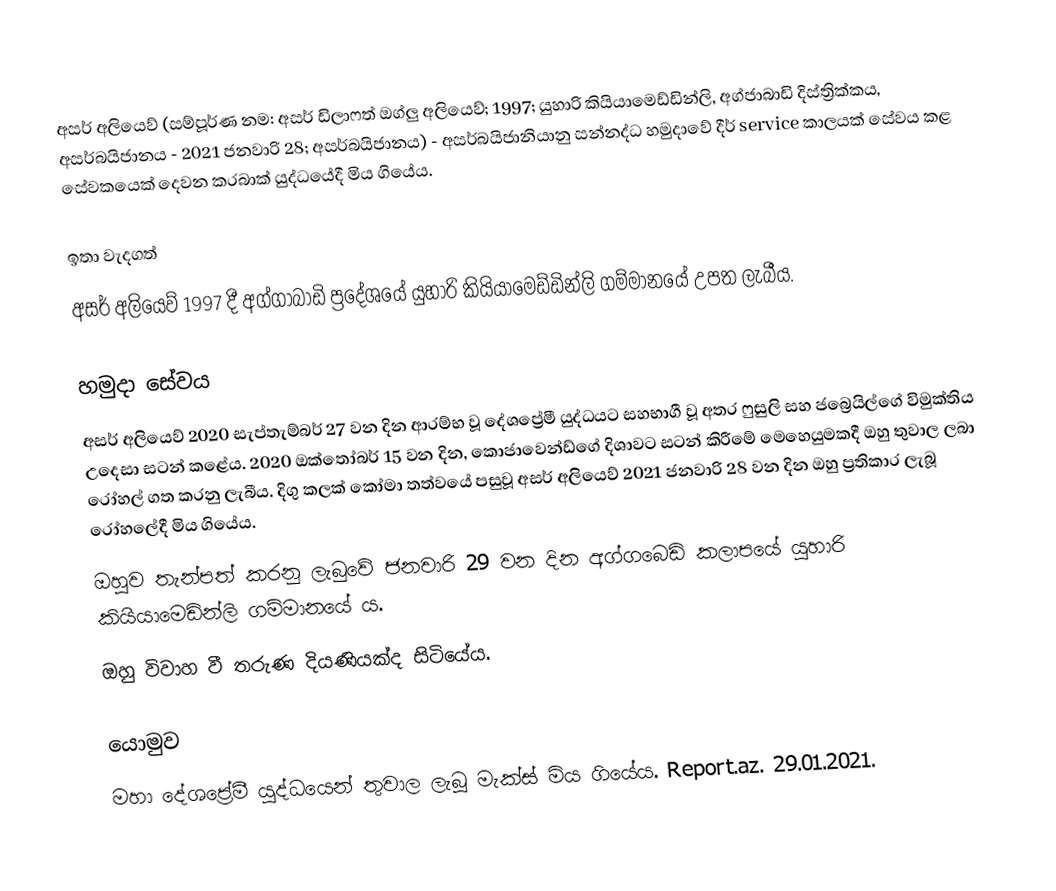
අසර් අලියෙව් (සම්පූර්ණ නම: අසර් ඩිලාෆත් ඔග්ලු අලියෙව්; 1997; යුහාරි කියියාමෙඩ්ඩින්ලි, අග්ජාබාඩි දිස්ත්‍රික්කය, අසර්බයිජානය - 2021 ජනවාරි 28; අසර්බයිජානය) - අසර්බයිජානියානු සන්නද්ධ හමුදාවේ දීර් service කාලයක් සේවය කළ සේවකයෙක් දෙවන කරබාක් යුද්ධයේදී මිය ගියේය.

ඉතා වැදගත්
අසර් අලියෙව් 1997 දී අග්ගාබාඩි ප්‍රදේශයේ යුහාරි කියියාමෙඩ්ඩින්ලි ගම්මානයේ උපත ලැබීය.

හමුදා සේවය
අසර් අලියෙව් 2020 සැප්තැම්බර් 27 වන දින ආරම්භ වූ දේශප්‍රේමී යුද්ධයට සහභාගී වූ අතර ෆුසුලි සහ ජබ්‍රෙයිල්ගේ විමුක්තිය උදෙසා සටන් කළේය. 2020 ඔක්තෝබර් 15 වන දින, කොජාවෙන්ඩ්ගේ දිශාවට සටන් කිරීමේ මෙහෙයුමකදී ඔහු තුවාල ලබා රෝහල් ගත කරනු ලැබීය. දිගු කලක් කෝමා තත්වයේ පසුවූ අසර් අලියෙව් 2021 ජනවාරි 28 වන දින ඔහු ප්‍රතිකාර ලැබූ රෝහලේදී මිය ගියේය.
ඔහුව තැන්පත් කරනු ලැබුවේ ජනවාරි 29 වන දින අග්ගබෙඩි කලාපයේ යුහාරි කියියාමෙඩින්ලි ගම්මානයේ ය.
ඔහු විවාහ වී තරුණ දියණියක්ද සිටියේය.

යොමුව
මහා දේශප්‍රේමී යුද්ධයෙන් තුවාල ලැබූ මැක්ස් මිය ගියේය. Report.az. 29.01.2021.